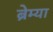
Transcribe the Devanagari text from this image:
ब्रेम्या